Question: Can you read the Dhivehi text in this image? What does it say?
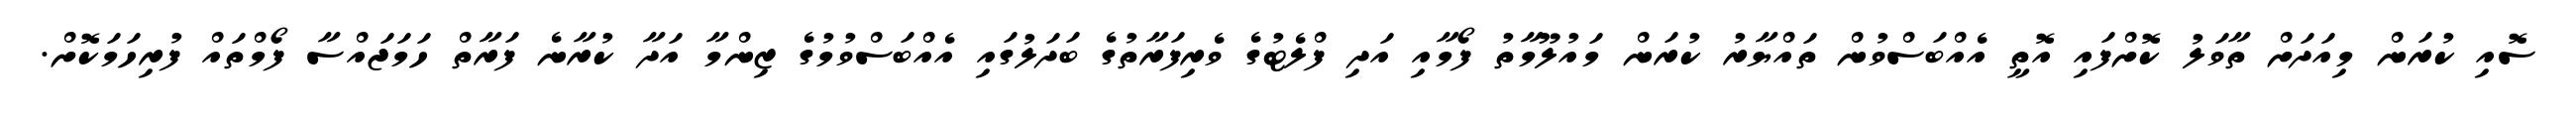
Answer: ސޮއި ކުރަން މިއަދަށް ތާވަލު ކޮށްފައި އޮތީ އެއްބަސްވުން ތައްޔާރު ކުރަން މައުލޫމާތު ފޯމާއި އަދި ފްލެޓުގެ ވެރިފަރާތުގެ ބަދަލުގައި އެއްބަސްވުމުގެ ޒިންމާ އަދާ ކުރާނެ ފަރާތް ހަމަޖައްސާ ފޯމްތައް ފުރިހަމަކޮށް.